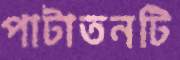
পাটাতনটি